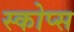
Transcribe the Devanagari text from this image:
स्कोप्स